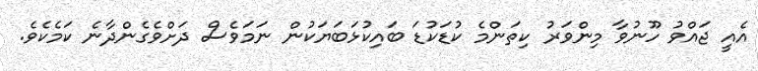
އެއީ ޖައްވު ހޫނުވާ މިންވަރު ކިތަންމެ ކުޑަކުޑަ ބައިކުޅަބަޔަކުން ނަމަވެސް ދަށްވެގެންދާނެ ކަމެކެވެ.